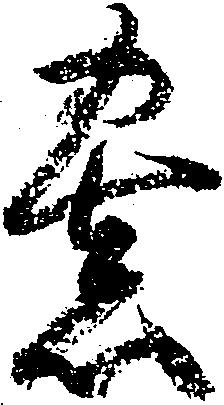
察